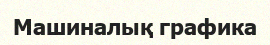
Машиналық графика